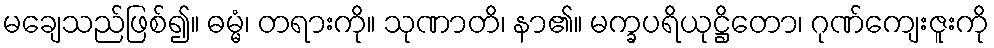
မချေသည်ဖြစ်၍။ ဓမ္မံ၊ တရားကို။ သုဏာတိ၊ နာ၏။ မက္ခပရိယုဋ္ဌိတော၊ ဂုဏ်ကျေးဇူးကို